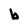
Character: b